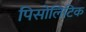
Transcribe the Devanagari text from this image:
पिसोलिटिक